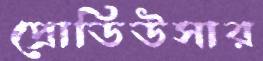
প্রোডিউসার